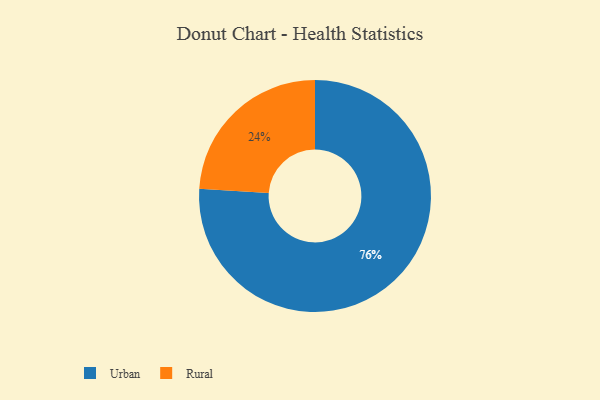
{"axis": {"x": "Category", "y": "Percentage"}, "legend": ["Rural", "Urban"], "data": [{"x": "Urban", "y": 76, "type": "Urban"}, {"x": "Rural", "y": 24, "type": "Rural"}]}